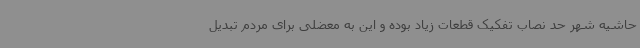
حاشیه شهر حد نصاب تفکیک قطعات زیاد بوده و این به معضلی برای مردم تبدیل